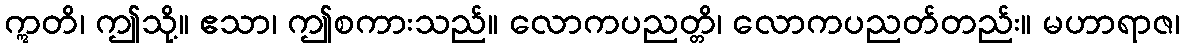
ဣတိ၊ ဤသို့။ ဧသာ၊ ဤစကားသည်။ လောကပညတ္တိ၊ လောကပညတ်တည်း။ မဟာရာဇ၊